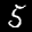
Label: 5